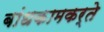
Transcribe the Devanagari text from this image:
बांधकामकर्ते